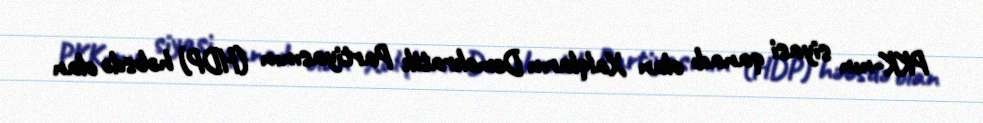
PKK-nın siyasi qanadı olan Xalqların Demokratik Partiyasının (HDP) həbsdə olan